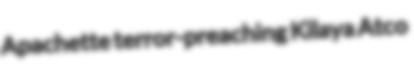
Apachette terror-preaching Kilaya Atco